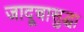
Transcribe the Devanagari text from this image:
जादूचासुद्धा